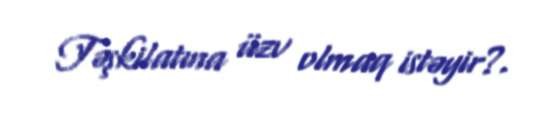
Təşkilatına üzv olmaq istəyir?.